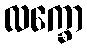
လက္ခော